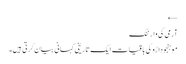
←
آرمی کی وارننگ
موہنجو داڑو کی باقیات ایک تاریخی کہانی بیان کرتی ہیں۔